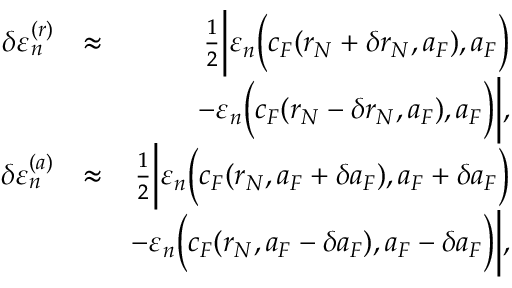
\begin{array} { r l r } { \delta \varepsilon _ { n } ^ { ( r ) } } & { \approx } & { \frac { 1 } { 2 } \bigg | \varepsilon _ { n } \Big ( c _ { F } ( r _ { N } + \delta r _ { N } , a _ { F } ) , a _ { F } \Big ) } \\ & { } & { - \varepsilon _ { n } \Big ( c _ { F } ( r _ { N } - \delta r _ { N } , a _ { F } ) , a _ { F } \Big ) \bigg | , } \\ { \delta \varepsilon _ { n } ^ { ( a ) } } & { \approx } & { \frac { 1 } { 2 } \bigg | \varepsilon _ { n } \Big ( c _ { F } ( r _ { N } , a _ { F } + \delta a _ { F } ) , a _ { F } + \delta a _ { F } \Big ) } \\ & { } & { - \varepsilon _ { n } \Big ( c _ { F } ( r _ { N } , a _ { F } - \delta a _ { F } ) , a _ { F } - \delta a _ { F } \Big ) \bigg | , } \end{array}